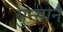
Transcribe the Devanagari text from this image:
सुन्सान